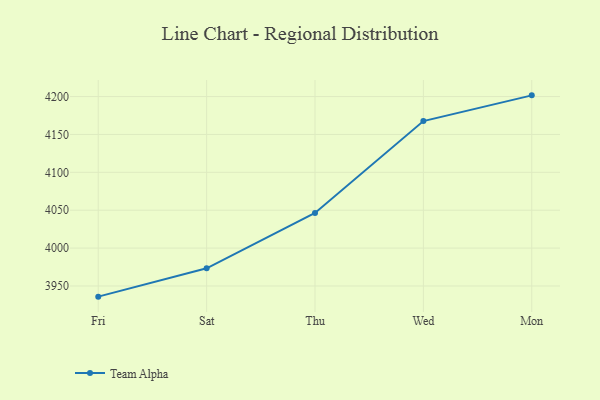
{"axis": {"x": "Day", "y": "Gross Profit (USD K)"}, "legend": ["Team Alpha"], "data": [{"x": "Fri", "y": 3935.9, "type": "Team Alpha"}, {"x": "Sat", "y": 3973.3, "type": "Team Alpha"}, {"x": "Thu", "y": 4046.4, "type": "Team Alpha"}, {"x": "Wed", "y": 4167.6, "type": "Team Alpha"}, {"x": "Mon", "y": 4201.6, "type": "Team Alpha"}]}